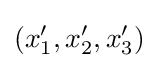
(x'_{1},x'_{2},x'_{3})